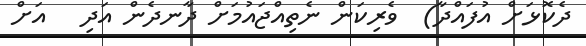
ދެކޮޅަށް އުފައްދާ)  ވެރިކަން ނެތިއްޖައުމަށް ދާނދެން އަދި   އަށް